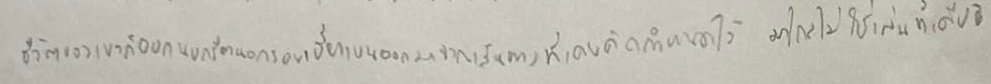
ชีวิตของเขาก็ออกนอกรีตนอกรอยเบี่ยงเบนออกมาจากเส้นทางที่เคยคิดกำหนดไว้มาไกลไม่ใช่เล่นทีเดียว